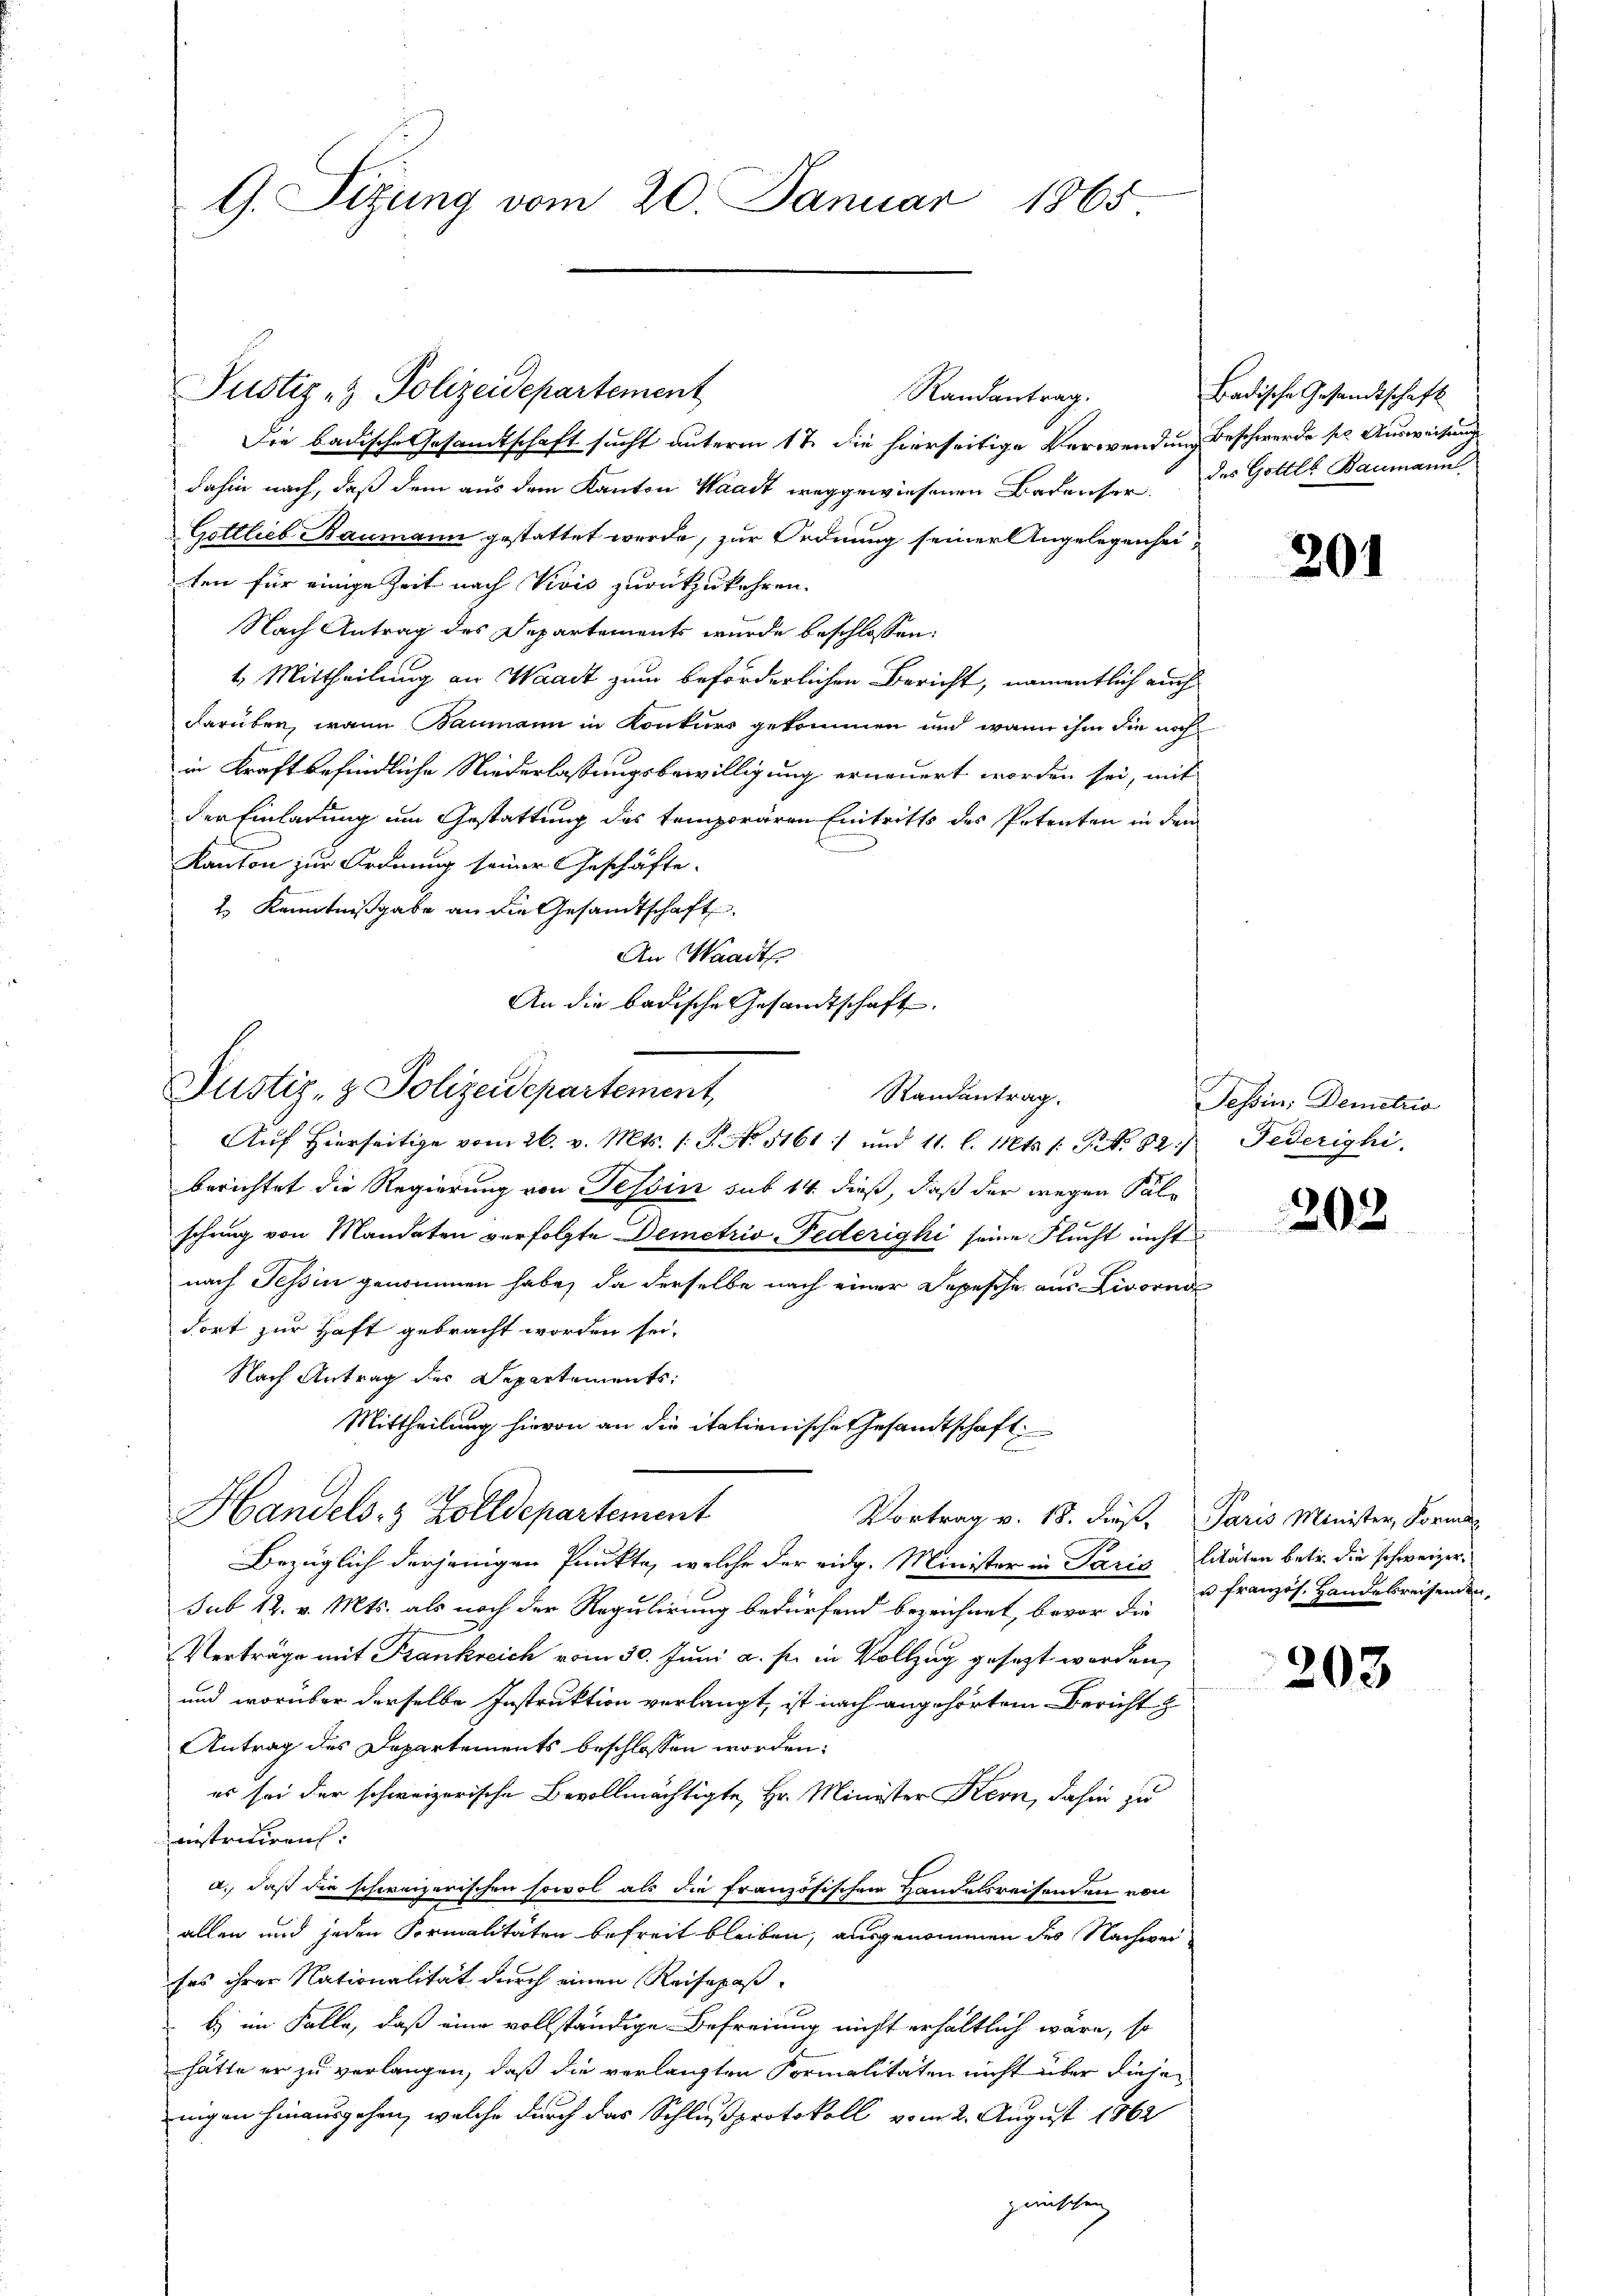
G. Sitzung vom 20. Januar 1865

Justiz- & Polizeidepartement

Justiz- & Polizeidepartement,

Randantrag.
Die badische Gesamtschaft sucht unterm 17. die hierseitige Verwendung beschwerde pr. Ausweisung
dahin nach, daß dem aus dem Kanton Waadt weggewiesenen Badenser, des Gottls Baumann
Gottlieb Baumann gestattet werde, zur Ordnung seiner Angelegenheiten für einige Zeit nach Vivis zurückzukehren.
Nach Antrag des Departements wurde beschlossen:
4. Mittheilung an Waadt zum beförderlichen Bericht, namentlich auch
darüber, wann Baumann in Konkurs gekommen und wann ihm die noch
in Kraft befindliche Niederlassungsbewilligung erneuert worden sei, mit
der Einladung um Gestattung des temporären Eintritts des Petenten in dem
Kanton zur Ordnung seiner Geschäfte.
2 Kenntnißgabe an die Gesandtschaft
An Waadt
An die badische Gesandtschaft.
Randentrag.
Auf Hierseitige vom 26. v. Mts. 1. P. No. 5161 :/ und 11. l. Mts. 1. No. 82. Federighi
berichtet die Regierung von Tessin sub 14. dieß, daß der wegen Fälschung von Mandaten verfolgte Demetris Federigki seine Flucht nicht
nach Tessin genommen habe, da derselbe nach einer Depesche aus Livorne
dort zur Haft gebracht worden sei.
Nach Antrag der Departements
Mittheilung hievon an die italienische Gesandtschaft
Handels- & Zolldepartement
Vortrag v. 18. dieß, Paris Minister, Formen
Bezüglich derjenigen Punkte, welche der eidg. Minister in Paris litäten betr. die schweizersub 12. v. Mts. als noch der Regulirung bedürfend bezeichnet, bevor die
Verträge mit Frankreich vom 30. Juni a. p. in Vollzug gesezt worden,
und worüber derselbe Instruktion verlangt, ist nach angehörtem Bericht z
Antrag des Departements beschlossen worden:
es sei der schweizerische Bevollmächtigte, Hr. Minister Kern, dahin zu
instriciren.
a., daß die schweizerischen sowol als die französischen Handelsreisenden von
allen und jeden Formalitäten befreit bleiben, ausgenommen des Nachweises ihrer Nationalität durch einen Reisepaß
b) im Falle, daß eine vollständige Befreiung nicht erhältlich wäre, so
hätte er zu verlangen, daß die verlangten Formalitäten nicht über diese
enigen hinausgehen, welche durch das Schlußprotokoll vom 2. August 1862
punkten

Badische Gesandtschaft

201

Tessin: Demetrio

203

u französ. Handebreisenden,

203